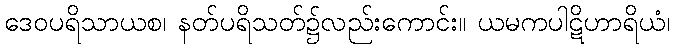
ဒေဝပရိသာယစ၊ နတ်ပရိသတ်၌လည်းကောင်း။ ယမကပါဋိဟာရိယံ၊